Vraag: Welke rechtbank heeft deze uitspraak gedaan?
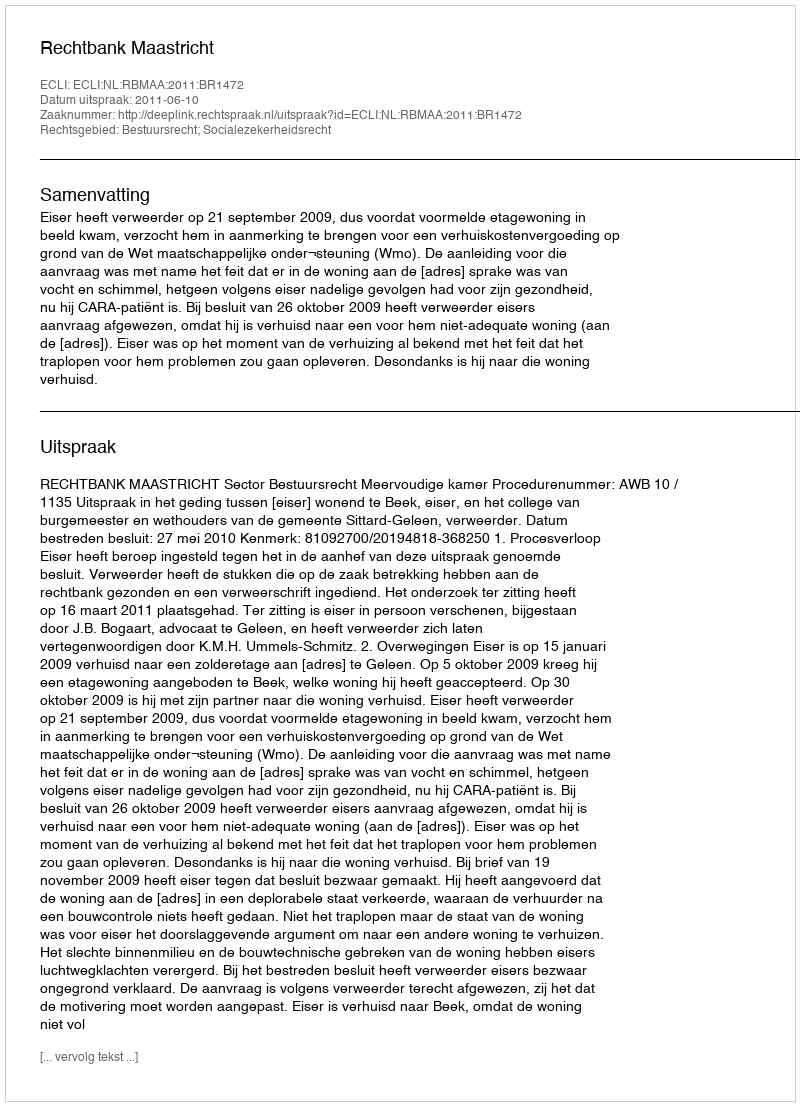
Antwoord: Rechtbank Maastricht